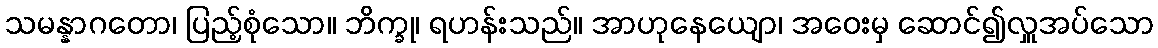
သမန္နာဂတော၊ ပြည့်စုံသော။ ဘိက္ခု၊ ရဟန်းသည်။ အာဟုနေယျော၊ အဝေးမှ ဆောင်၍လှူအပ်သော